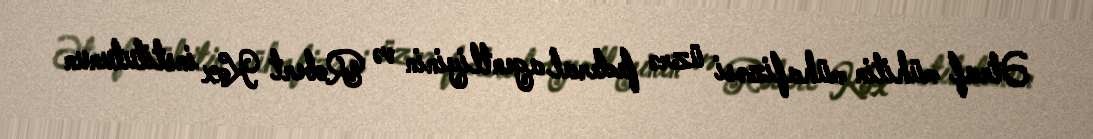
Ətraf mühitin mühafizəsi üzrə federal agentliyinin və Robert Kox institutunun